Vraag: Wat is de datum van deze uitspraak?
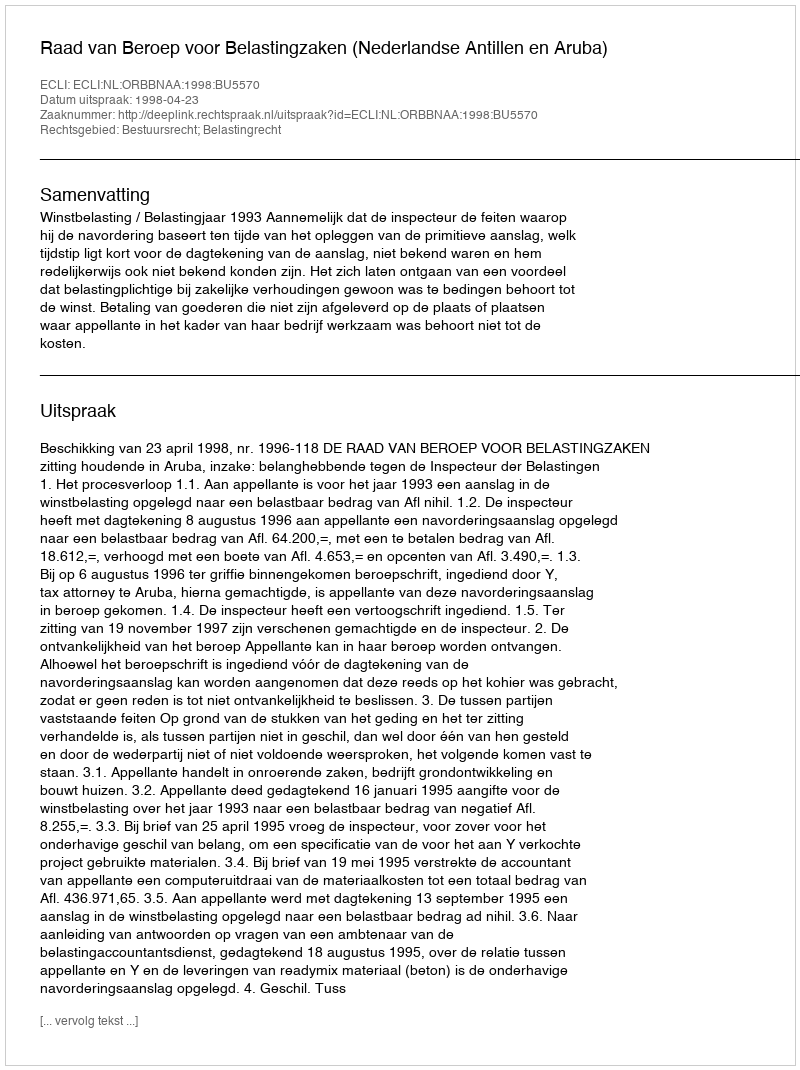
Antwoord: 1998-04-23